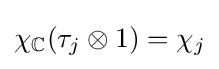
\chi _{\mathbb {C} }(\tau _{j}\otimes 1)=\chi _{j}